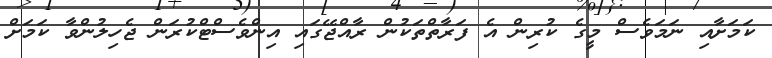
ކަމަށާއި ނަމަވެސް މީގެ ކުރިން އެ ފަރާތްތަކުން ރާއްޖޭގައި އިންވެސްޓްކުރަން ޖެހިލުންވާ ކަމަށް